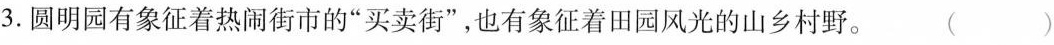
3. 圆明园有象征着热闹街市的“买卖街”，也有象征着田园风光的山乡村野。 ( )